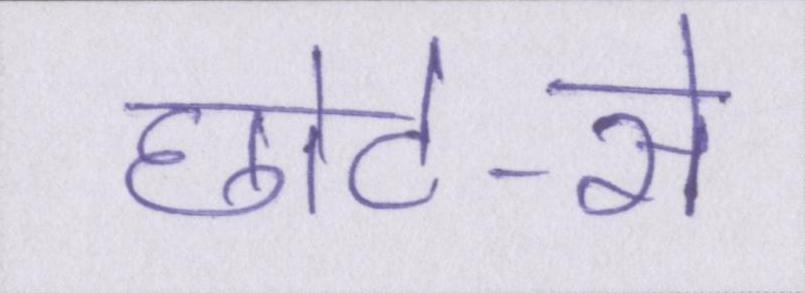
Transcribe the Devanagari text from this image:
छोटे-से